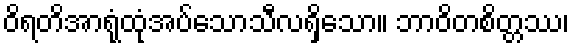
ဝိရတိအာရုံထုံအပ်သောသီလရှိသော။ ဘာဝိတစိတ္တဿ၊